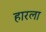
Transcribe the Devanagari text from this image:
हारला